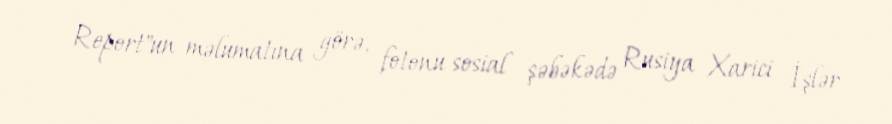
Report"un məlumatına görə, fotonu sosial şəbəkədə Rusiya Xarici İşlər